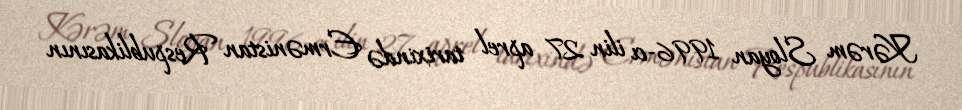
Kərəm Sloyan 1996-cı ilin 27 aprel tarixində Ermənistan Respublikasının